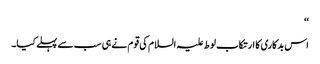
‘‘
اس بدکاری کا ارتکاب لوط علیہ السلام کی قوم نے ہی سب سے پہلے کیا۔